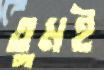
তুমই